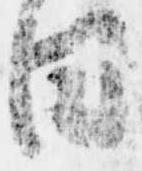
日